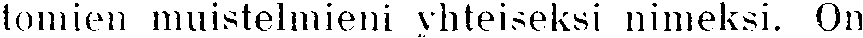
tomien muistelmieni yhteiseksi nimeksi. On